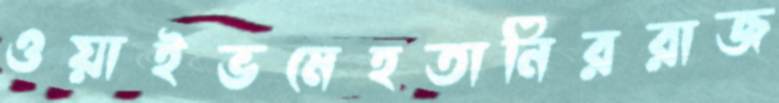
ওয়াইভমেহতানিররাজ